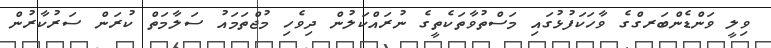
ވިލީ ވަންޑެންބަރގްގެ ވާހަކަފުޅުގައި މަސްތުވާތަކެތީގެ ނުރައްކަލުން ދިވެހި މުޖްތަމައު ސަލާމަތް ކުރަން ސަރުކާރުން